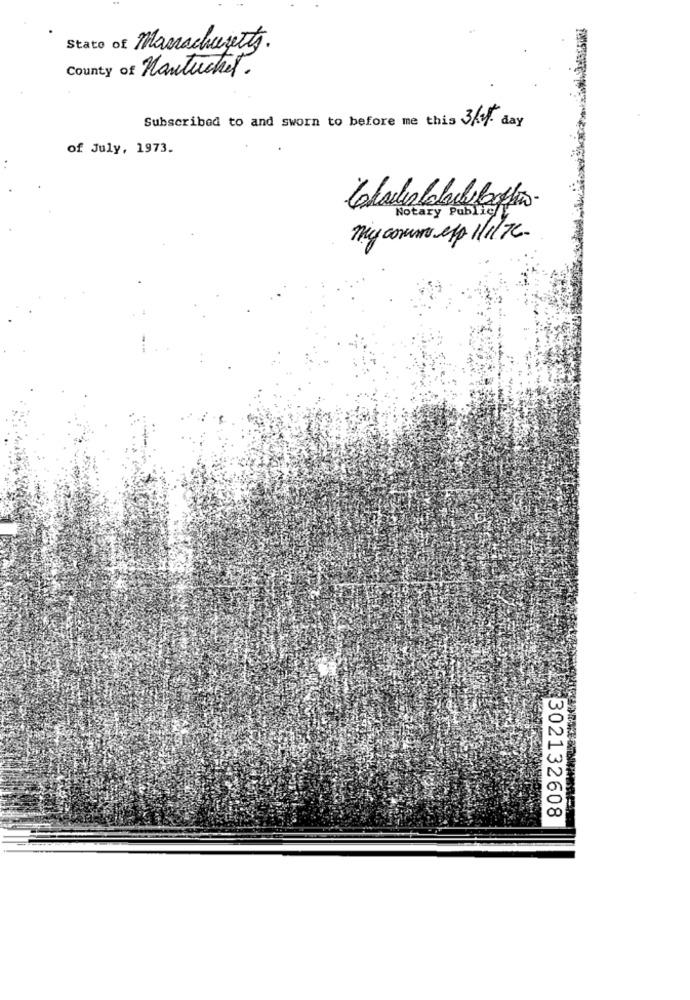
State of Manachujects.
County of Hautuchel.
Subscribed to and sworn to before me this 3/4- day
of July, 1973.
..
Notary Public
my comme exp 1/1/7C.
w
00
302132608